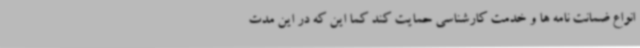
انواع ضمانت نامه ها و خدمت کارشناسی حمایت کند کما این که در این مدت